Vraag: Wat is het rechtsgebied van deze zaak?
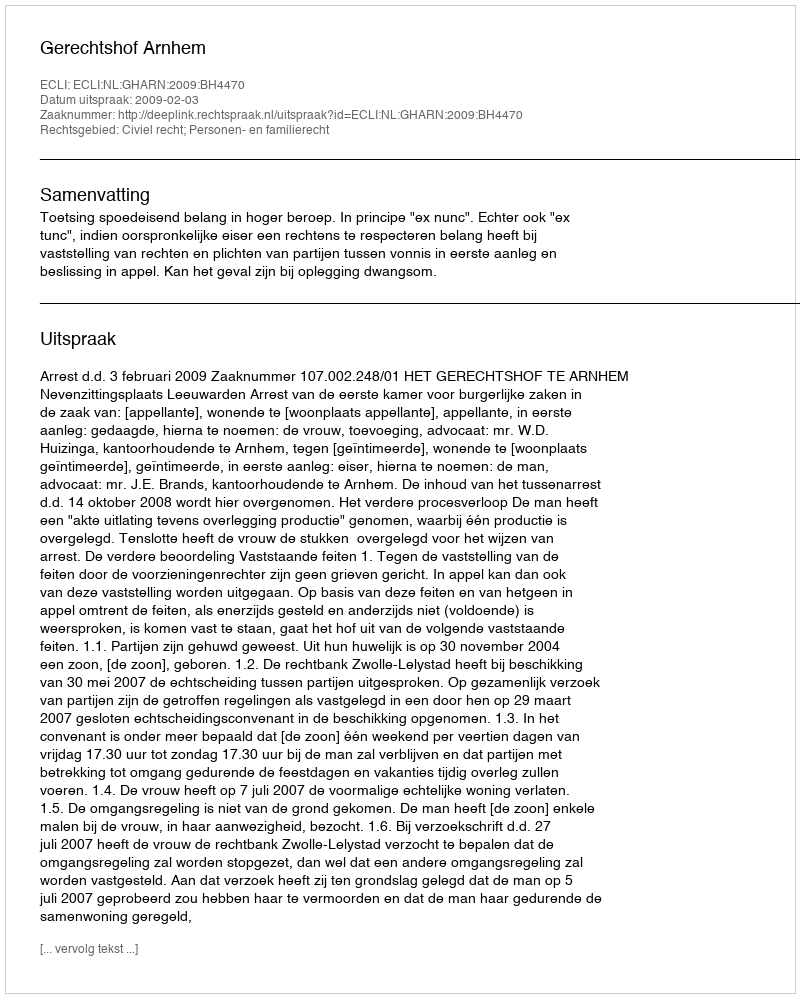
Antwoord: Civiel recht; Personen- en familierecht